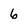
Character: 6